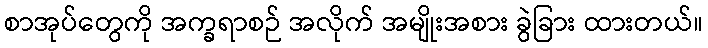
စာအုပ်တွေကို အက္ခရာစဉ် အလိုက် အမျိုးအစား ခွဲခြား ထားတယ်။